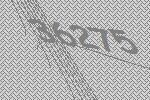
36275